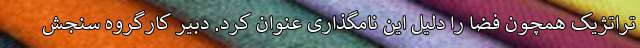
تراتژیک همچون فضا را دلیل این نامگذاری عنوان کرد. دبیر کارگروه سنجش